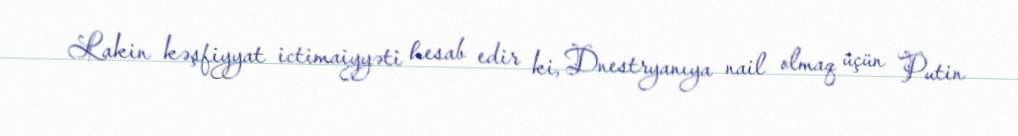
Lakin kəşfiyyat ictimaiyyəti hesab edir ki, Dnestryanıya nail olmaq üçün Putin